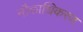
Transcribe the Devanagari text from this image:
नौकाधिकरण